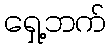
ရှေ့ဘက်